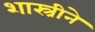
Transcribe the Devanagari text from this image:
शास्त्रीने